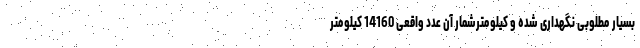
بسیار مطلوبی نگهداری شده و کیلومترشمار آن عدد واقعی 14160 کیلومتر